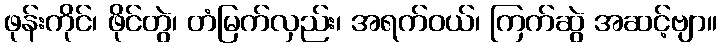
ဖုန်းကိုင်၊ ဖိုင်တွဲ၊ တံမြက်လှည်း၊ အရက်ဝယ်၊ ကြက်ဆွဲ အဆင့်ဗျာ။